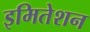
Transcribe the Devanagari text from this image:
इमितेशन